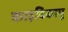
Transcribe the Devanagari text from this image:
काइविकापू